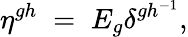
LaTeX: \eta^{gh}\; =\; E_{g}\delta^{gh^{-1}},